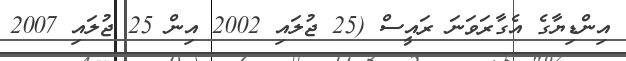
އިންޑިޔާގެ އެގާރަވަނަ ރައީސް (25 ޖުލައި 2002 އިން 25 ޖުލައި 2007